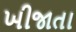
ખીજાતા